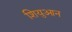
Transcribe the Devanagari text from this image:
शियुआन